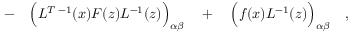
\qquad - \quad \Bigl ( L ^ { T \; - 1 } ( x ) F ( z ) L ^ { - 1 } ( z ) \Bigr ) _ { \alpha \beta } \quad + \quad \Bigl ( f ( x ) L ^ { - 1 } ( z ) \Bigr ) _ { \alpha \beta } \quad ,